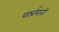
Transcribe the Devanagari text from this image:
पार्श्र्वमानी